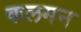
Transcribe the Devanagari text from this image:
कलमन